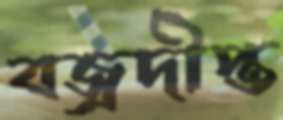
বজ্রদীপ্ত